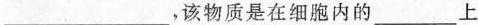
___，该物质是在细胞内的___上